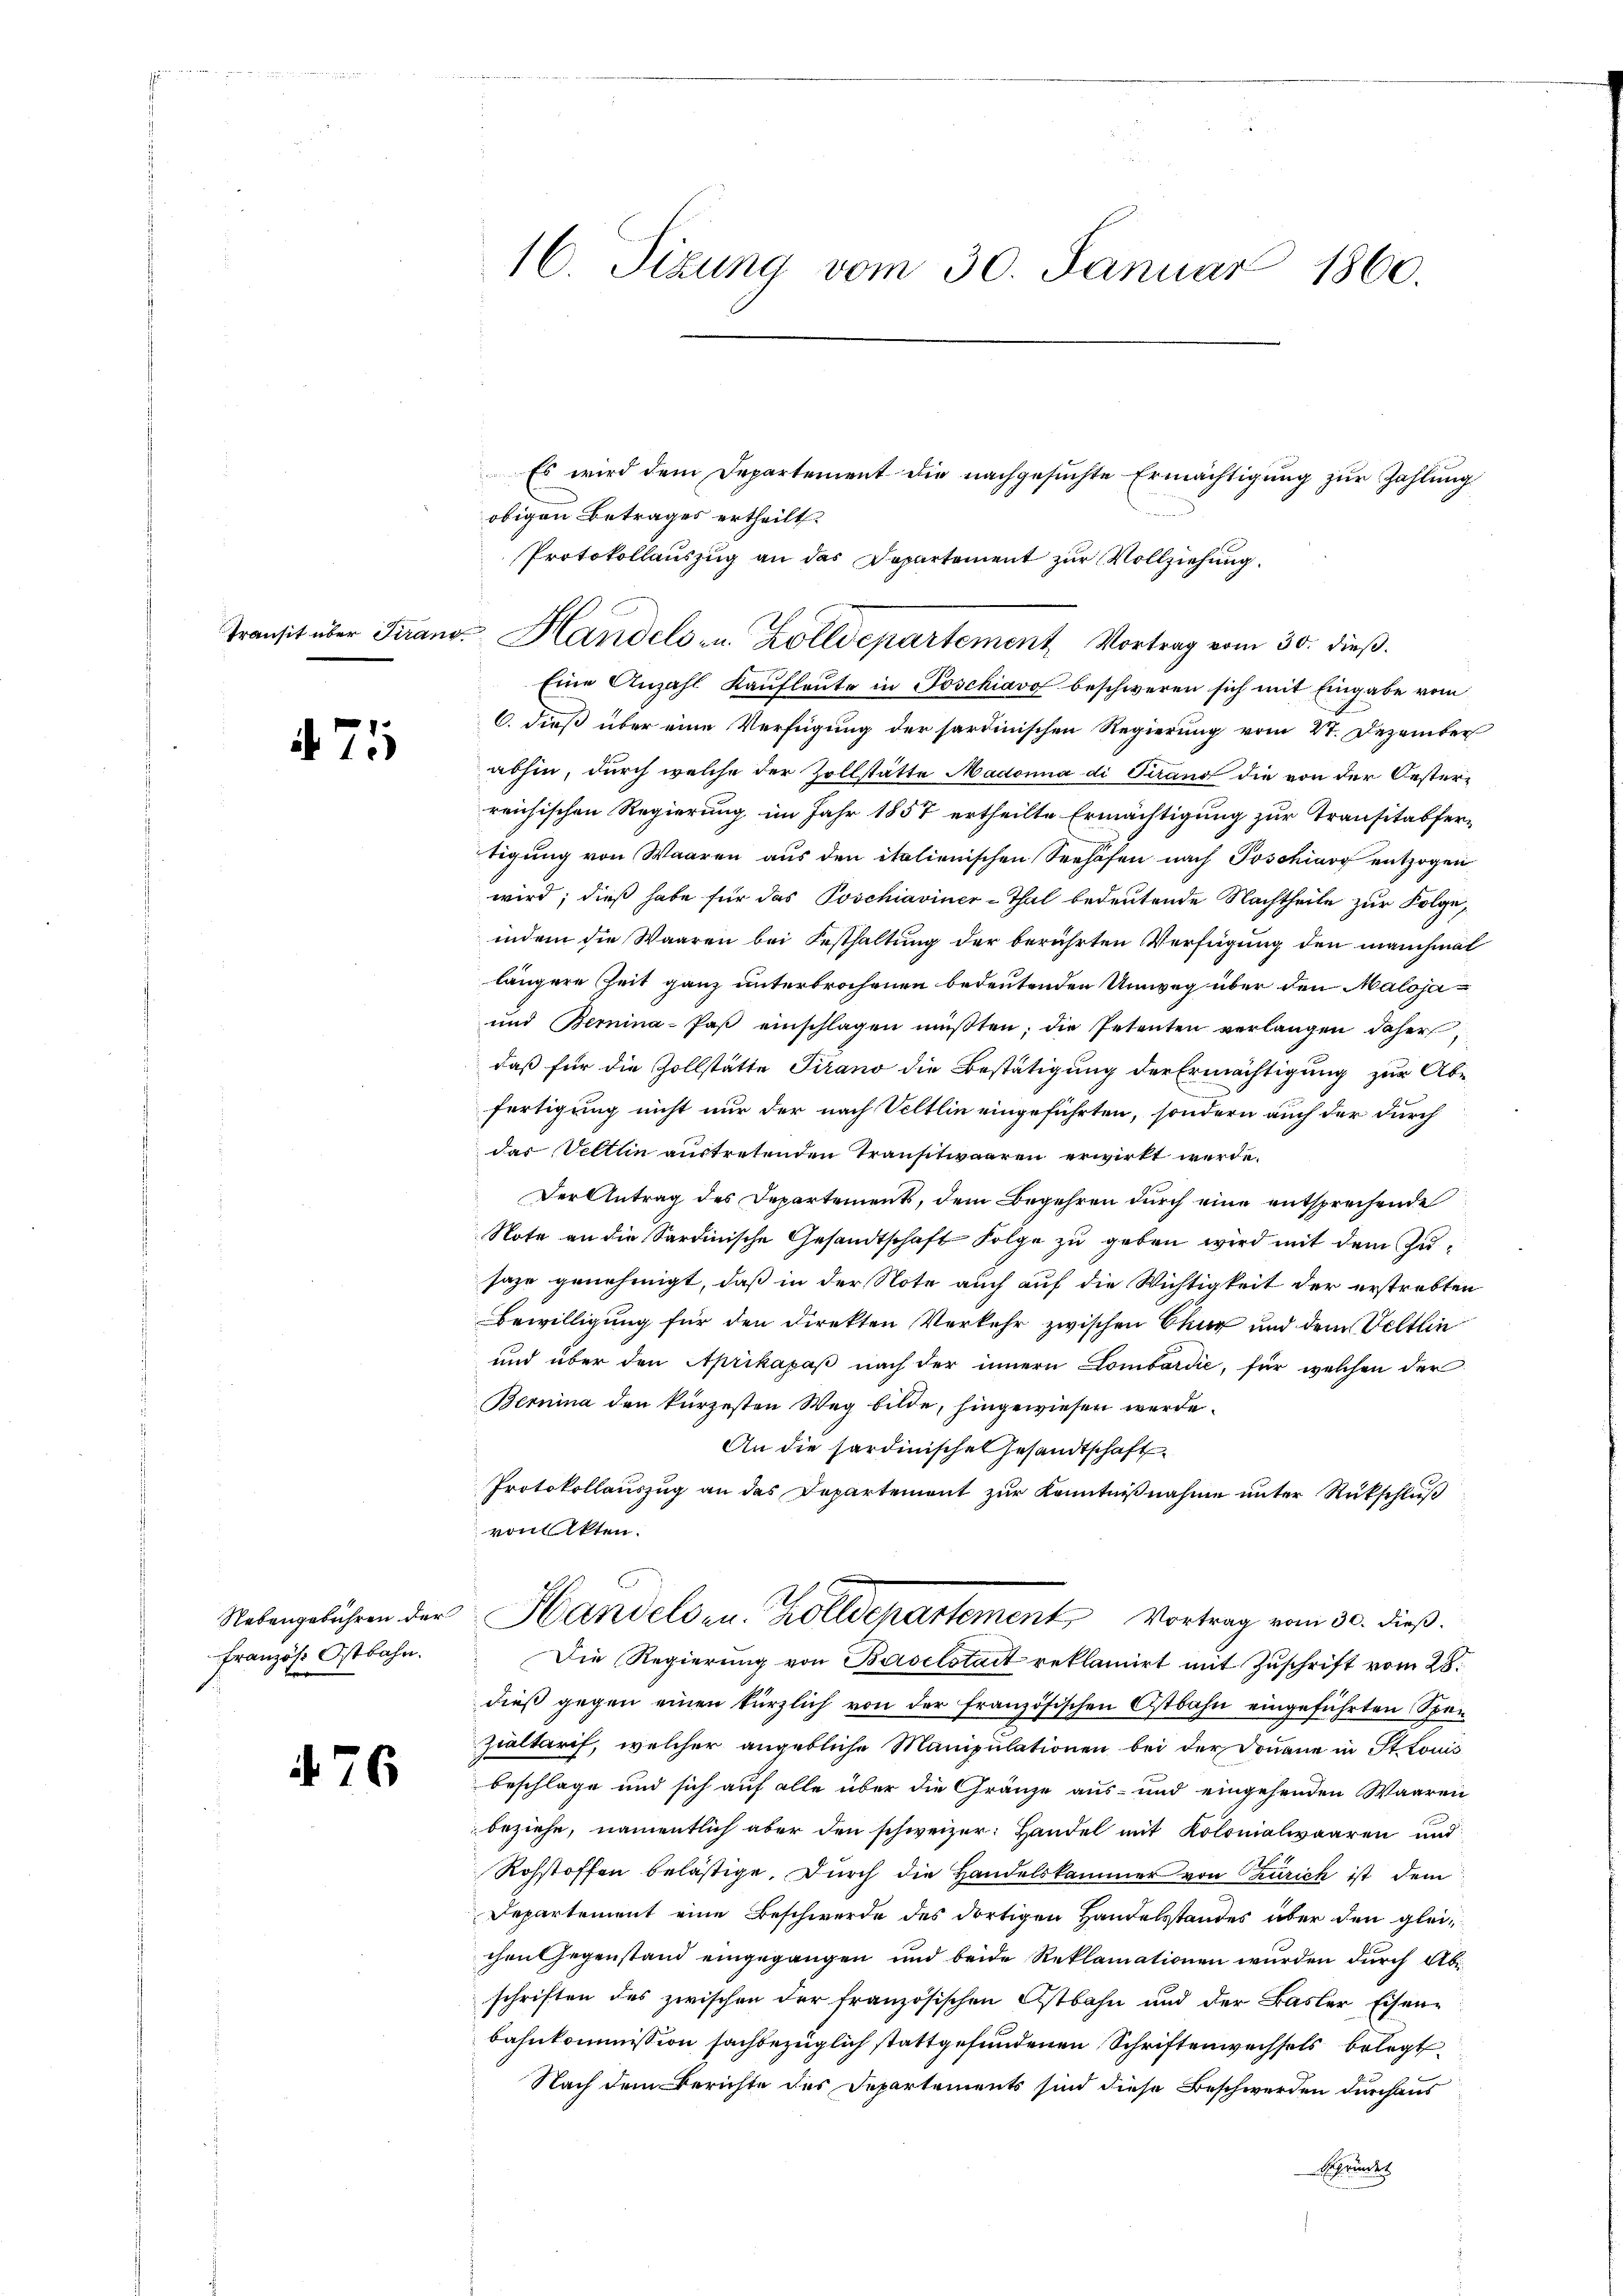
Transit über Firans

475

Nebengebühren der
Französ. Ostbahn.

476

16. Sizung vom 30. Januar 1860.

Es wird dem Departement die nachgesuchte Ermächtigung zur Zahlung
obigen Betrages ertheilt.
Protokollauszug an das Departement zur Vollziehung.
Eine Anzahl Kaufleute in Poschiavo beschweren sich mit Eingabe vom
6. dieß über eine Verfügung der sardinischen Regierung vom 27. Dezember
abhin, durch welche der Zollstätte Madonna di Pirand die von der Oesterreichischen Regierung im Jahr 1857 ertheilte Ermächtigung zur Transitabfertigung von Waaren aus den italienischen Seehöfen nach Poschiavo entzogen
wird; dieß habe für das Poschiaviner-Thal bedeutende Nachtheile zur Folge,
indem die Waaren bei Festhaltung der berührten Verfügung den manchmal
längere Zeit ganz unterbrochenen bedeutenden Umweg über den Maloja¬
und Bemina-Paβ einschlagen müβten; die Petenten verlangen daher,
daß für die Zollstätte Tirano die Bestätigung der Ermächtigung zur Abfertigung nicht nur der nach Veltlin eingeführten, sondern auch der durch
das Veltlin austretenden Transtwaaren erwirkt werde.
Der Antrag des Departement, dem Begehren durch eine entsprechende
Note an die Sardinische Gesandtschaft Folge zu geben wird mit dem Zusaze genehmigt, daß in der Note auch auf die Wichtigkeit der erstrebten
Bewilligung für den direkten Verkehr zwischen Chur und dem Veltlin
und über den Aprikapaβ nach der innern Combardić, für welchen der
Bernina den kürzesten Weg bilde, hingewiesen werde.
An die sardinische Gesandtschaft
Protokollauszug an das Departement zur Kenntnißnahme unter Rückschluß
von Akten.
Handelden. Zolldepartement Vortrag vom 30. dieß.
Die Regierung von Baselstadt reklamirt mit Zuschrift vom 28.
dieß gegen einen kürzlich von der französischen Ostbahn eingeführten Speizialtarif, welcher angebliche Manipulationen bei der Donaue in Ittouis
beschlage und sich auf alle über die Gränze aus- und eingehenden Waaren
beziehe, namentlich aber den schweizer: Handel mit Kolonialwaaren und
Rohstoffen belästige. Durch die Handelskammer von Zürich ist dem
Departement eine Beschwerde des dortigen Handelsstandes über den gleichen Gegenstand eingegangen und beide Reklamationen wurden durch Abischriften des zwischen der französischen Ostbahn und der Basler Eisen-
bahnkommission sachbezüglich stattgefundenen Schriftenwechsels belegt
Nach dem Berichte des Departements sind diese Beschwerden durchaus
Schwundes

v. Handels u. Zolldepartement, Vortrag vom 30. dieß.